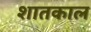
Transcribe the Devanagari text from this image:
शातकाल